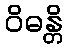
ဝိဓန္တိ